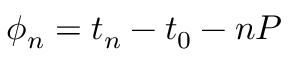
\phi _ { n } = t _ { n } - t _ { 0 } - n P